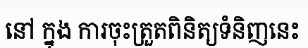
នៅ ក្នុង ការចុះត្រួតពិនិត្យទំនិញនេះ